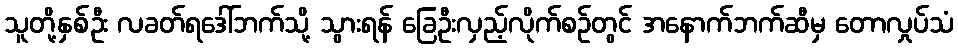
သူတို့နှစ်ဦး လခတ်ရဒေါ်ဘက်သို့ သွားရန် ခြေဦးလှည့်လိုက်စဉ်တွင် အနောက်ဘက်ဆီမှ တောလှုပ်သံ